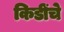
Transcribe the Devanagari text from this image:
किडींचे